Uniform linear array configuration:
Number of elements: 12
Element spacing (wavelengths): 1
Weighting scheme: binomial
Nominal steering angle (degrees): -45
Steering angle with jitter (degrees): -45.74
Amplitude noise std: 0.05
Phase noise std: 0.05

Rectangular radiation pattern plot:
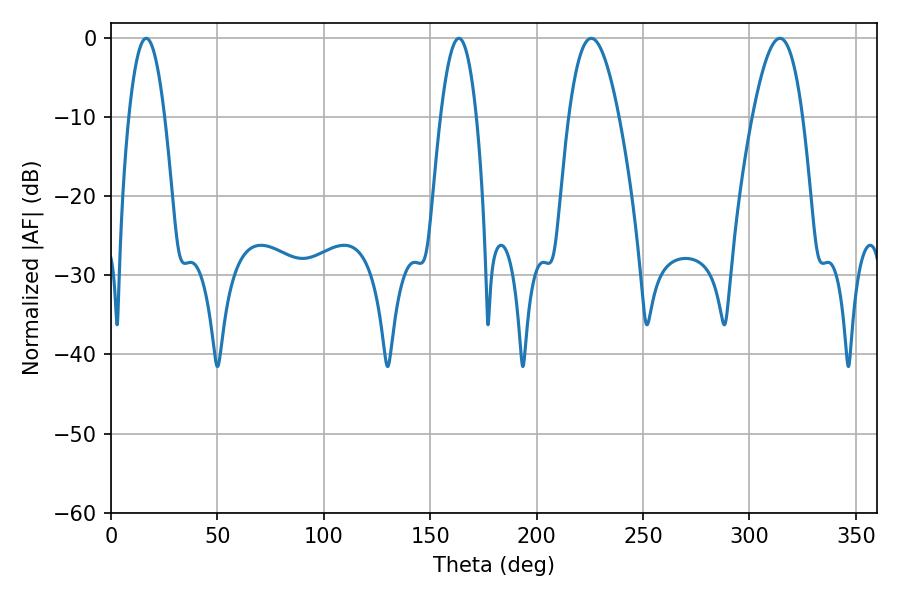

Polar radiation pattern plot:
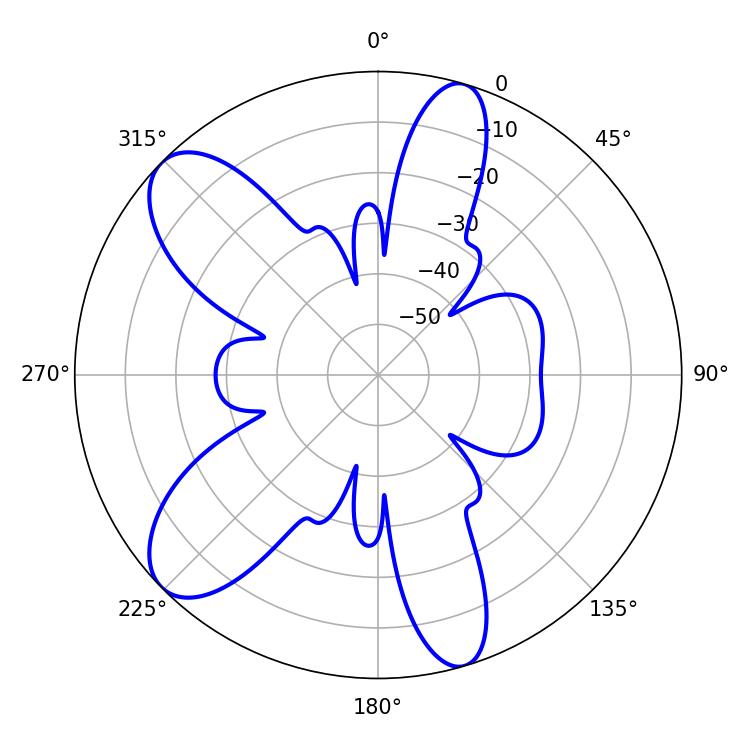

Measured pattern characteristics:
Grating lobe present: TRUE
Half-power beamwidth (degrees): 9.18
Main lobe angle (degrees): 16.56